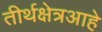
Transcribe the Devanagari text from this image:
तीर्थक्षेत्रआहे